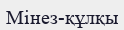
Мінез-құлқы